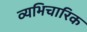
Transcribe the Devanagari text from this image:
व्यभिचारिक